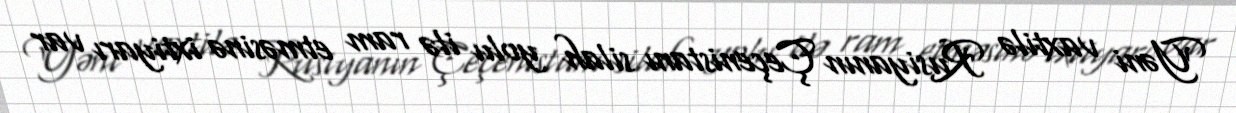
Yəni vaxtilə Rusiyanın Çeçenistanı silah yolu ilə ram etməsinə ixtiyarı var